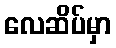
လေဆိပ်မှာ